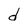
Character: d